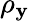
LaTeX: \rho_{\mathbf{y}}